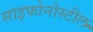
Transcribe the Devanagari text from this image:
साइफोनोस्टील